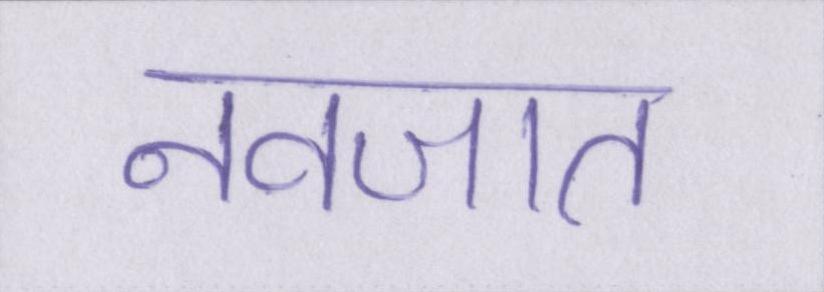
नवजात